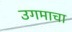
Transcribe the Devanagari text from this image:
उगमाचा